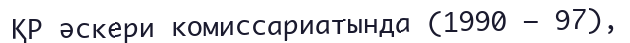
ҚР әскери комиссариатында (1990 – 97),